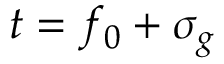
t = f _ { 0 } + \sigma _ { g }